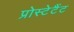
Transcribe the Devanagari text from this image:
प्रोस्टेटैंट